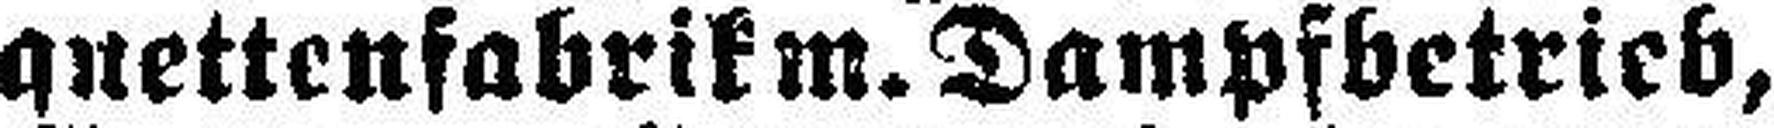
quettenfabrik m. Dampfbetrieb,